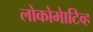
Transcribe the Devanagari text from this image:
लोकोमेाटिव्ह